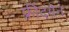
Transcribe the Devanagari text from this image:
फ्रीदमेन